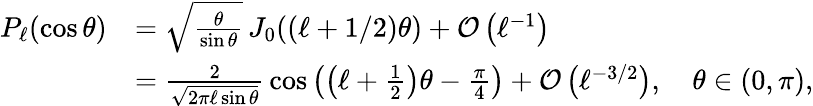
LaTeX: {\begin{array}{rl}{P_{\ell}(\cos\theta)}&{={\sqrt{\frac{\theta}{\sin\theta}}}\, J_{0}((\ell+1/2)\theta)+{\mathcal{O}}\left(\ell^{-1}\right)}\\ &{={\frac{2}{\sqrt{2\pi\ell\sin\theta}}}\cos\left(\left(\ell+{\frac{1}{2}}\right)\theta-{\frac{\pi}{4}}\right)+{\mathcal{O}}\left(\ell^{-3/2}\right),\quad\theta\in(0,\pi),}\end{array}}